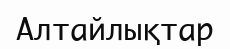
Алтайлықтар